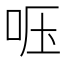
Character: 𱒔